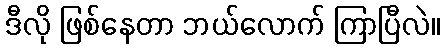
ဒီလို ဖြစ်နေတာ ဘယ်လောက် ကြာပြီလဲ။